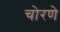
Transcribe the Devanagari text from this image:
चोरणे